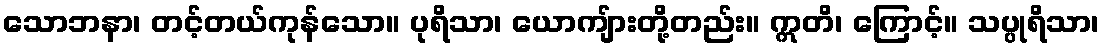
သောဘနာ၊ တင့်တယ်ကုန်သော။ ပုရိသာ၊ ယောကျ်ားတို့တည်း။ ဣတိ၊ ကြောင့်။ သပ္ပုရိသာ၊